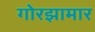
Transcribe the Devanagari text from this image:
गोरझामार